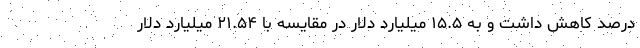
درصد کاهش داشت و به ۱۵.۵ میلیارد دلار در مقایسه با ۲۱.۵۴ میلیارد دلار